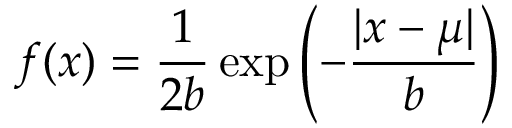
f ( x ) = { \frac { 1 } { 2 b } } \exp \left( - { \frac { | x - \mu | } { b } } \right)